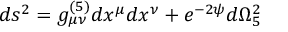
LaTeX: d s ^ { 2 } = g _ { \mu \nu } ^ { ( 5 ) } d x ^ { \mu } d x ^ { \nu } + e ^ { - 2 \psi } d \Omega _ { 5 } ^ { 2 }